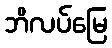
ဘိလပ်မြေ